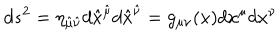
d s ^ { 2 } = \eta _ { \hat { \mu } \hat { \nu } } d \hat { x } ^ { \hat { \mu } } d \hat { x } ^ { \hat { \nu } } = g _ { \mu \nu } ( x ) d x ^ { \mu } d x ^ { \nu }